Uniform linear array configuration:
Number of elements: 64
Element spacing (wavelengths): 1
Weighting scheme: cosine
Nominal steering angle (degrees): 60
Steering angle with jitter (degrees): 58.694
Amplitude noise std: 0.05
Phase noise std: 0.05

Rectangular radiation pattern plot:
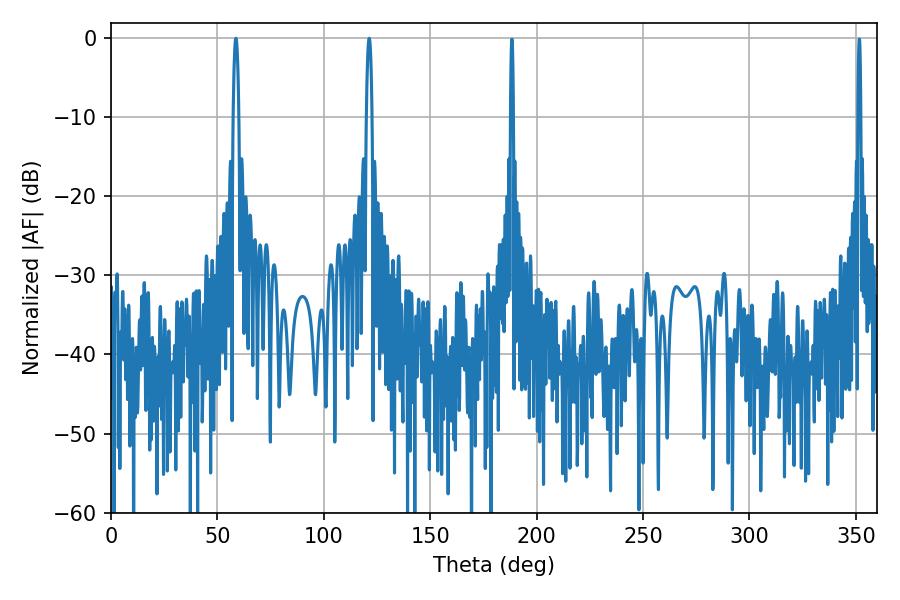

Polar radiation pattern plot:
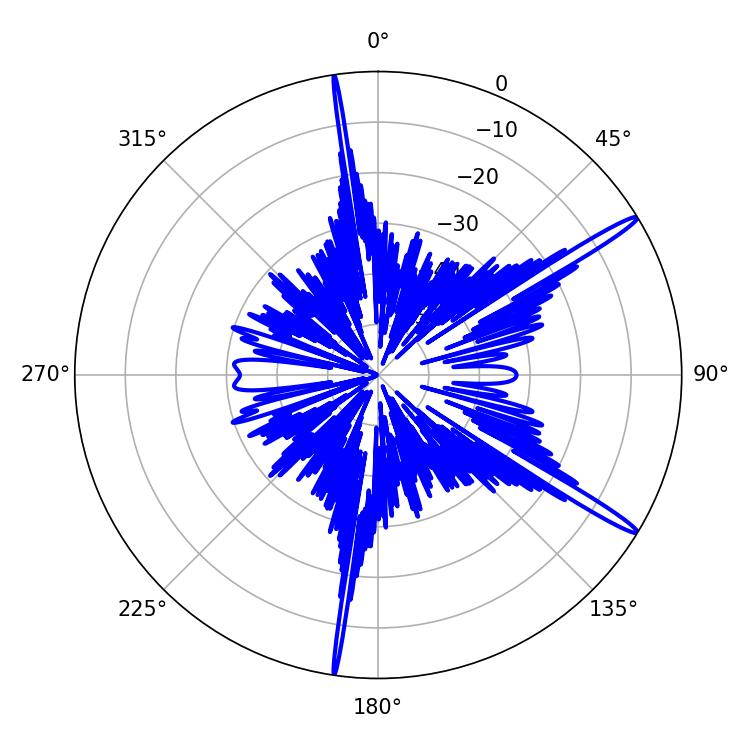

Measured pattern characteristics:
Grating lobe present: TRUE
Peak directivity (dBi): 16.292
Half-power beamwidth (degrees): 1.44
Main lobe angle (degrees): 58.68